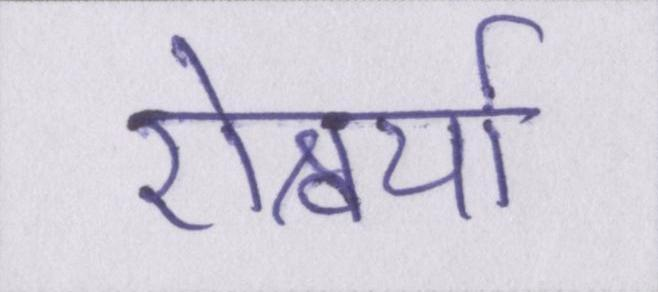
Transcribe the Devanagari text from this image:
ऐश्वर्या